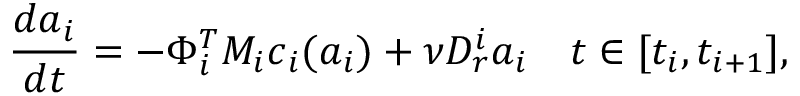
\frac { d \boldsymbol { a } _ { i } } { d t } = - \Phi _ { i } ^ { T } M _ { i } \boldsymbol { c } _ { i } ( \boldsymbol { a } _ { i } ) + \nu D _ { r } ^ { i } \boldsymbol { a } _ { i } \quad t \in [ t _ { i } , t _ { i + 1 } ] ,